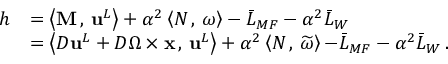
\begin{array} { r l } { h } & { = \left< \mathbf { M } \, , \, { \mathbf { u } } ^ { L } \right> + \alpha ^ { 2 } \left< N \, , \, \omega \right> - \bar { L } _ { M F } - \alpha ^ { 2 } \bar { L } _ { W } } \\ & { = \left< D { \mathbf { u } } ^ { L } + D \boldsymbol { \Omega } \times { \mathbf { x } } \, , \, { \mathbf { u } } ^ { L } \right> + \alpha ^ { 2 } \left< N \, , \, \widetilde { \omega } \right> { - \bar { L } _ { M F } - \alpha ^ { 2 } \bar { L } _ { W } } \, . } \end{array}